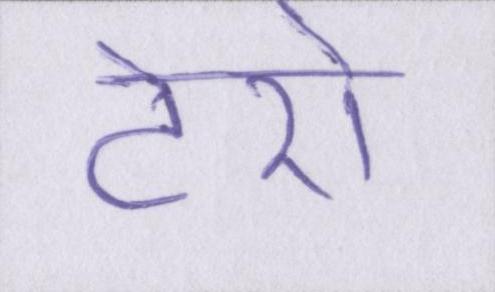
टेरो